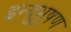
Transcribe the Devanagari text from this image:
इन्दुभूषण